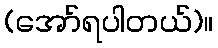
(အော်ရပါတယ်)။